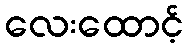
လေးထောင့်